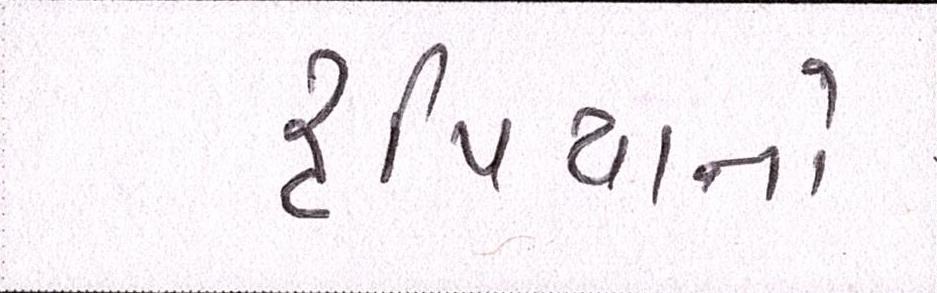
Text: રૃપિયાનો